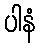
ပါနံ